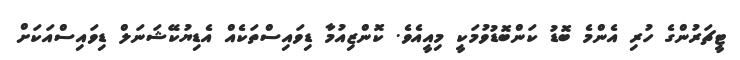
ޓީޗަރުންގެ ހުރި އެންމެ ބޮޑު ކަންބޮޑުވުމަކީ މިއީއެވެ. ކޮންޒިއުމާ ޑިވައިސްތަކެއް އެޑިޔުކޭޝަނަލް ޑިވައިސްއަކަށް